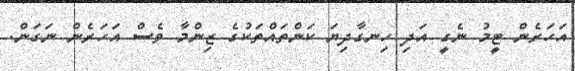
އަހަރެން ޓީމު ނެގީ އަދި ހިނގާދިޔަ ކަންތައްތަކުގެ ޒިންމާ ވެސް އަހަރެން ނަގަން.